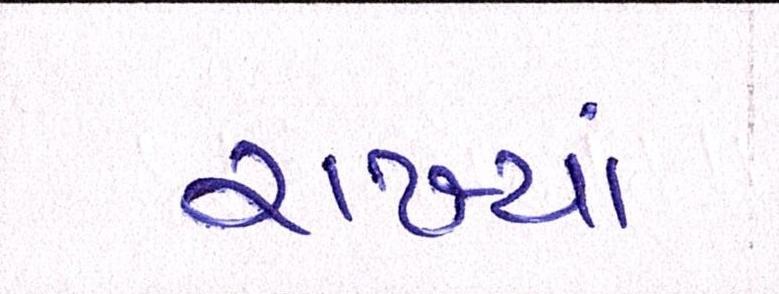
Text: રાખ્યાં